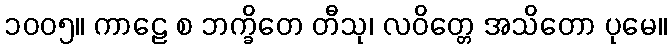
၁၀၀၅။ ကာဠေ စ ဘက္ခိတေ တီသု၊ လဝိတ္တေ အသိတော ပုမေ။